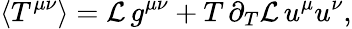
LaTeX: \langle T^{\mu\nu}\rangle={\cal L}\, g^{\mu\nu}+T\, \partial_{T}{\cal L}\, u^{\mu}u^{\nu},